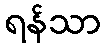
ရန်သာ